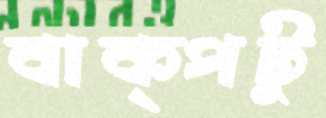
বাক্‌পটু